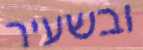
ובשעיר